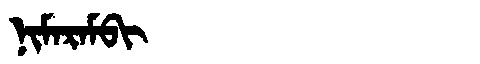
Manchu: ᠨᡳᠮᠠᡵᠠᠮᠪᡳ
Romanization: NIMARAMBI